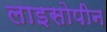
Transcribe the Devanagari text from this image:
लाइसोपीन